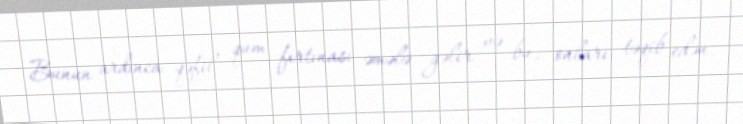
Bunun ardınca qəfil qum fırtınası əmələ gəlir və bu, onları təqib edən